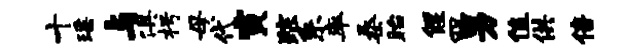
十瑶与俱枵母代寅踪系率桑眙偃四男值供倍